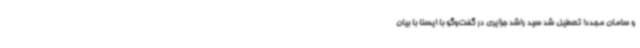
و سامان مجددا تعطیل شد سید راشد جزایری در گفت‌وگو با ایسنا با بیان